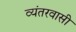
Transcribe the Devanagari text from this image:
व्यंतरवासी